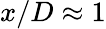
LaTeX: x/D\approx 1